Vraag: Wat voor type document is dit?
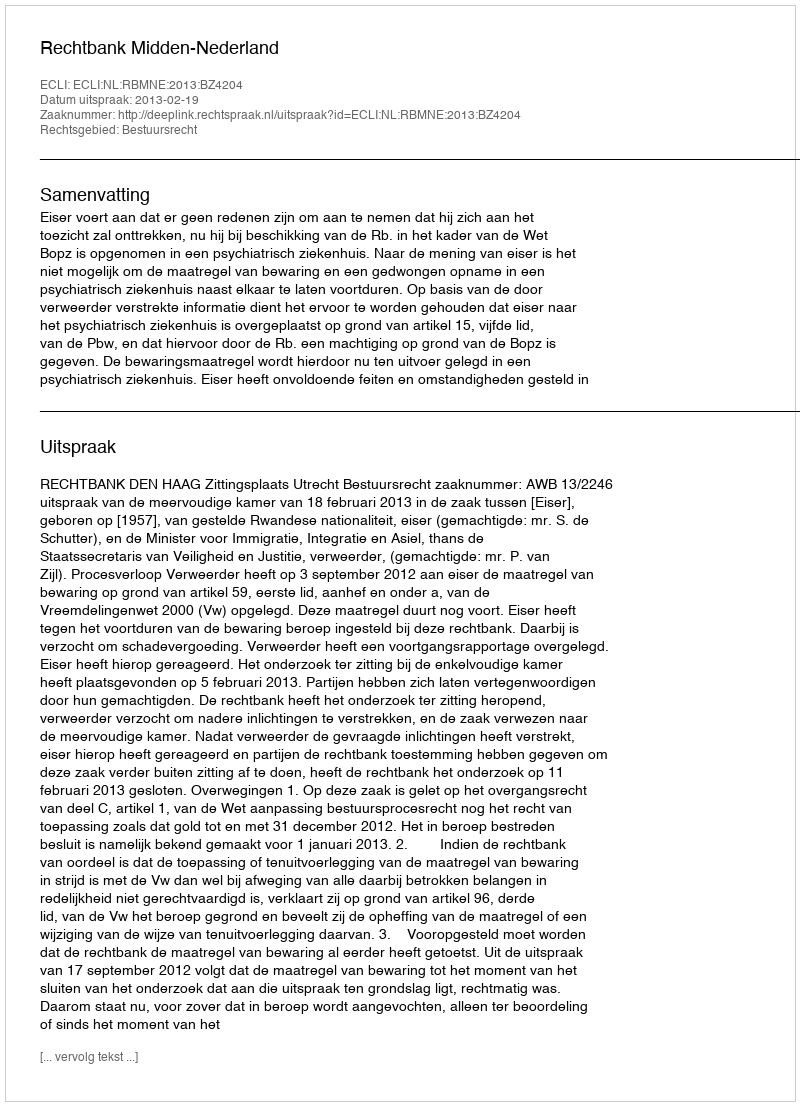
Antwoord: Uitspraak